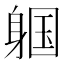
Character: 𬧩